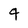
Character: 4